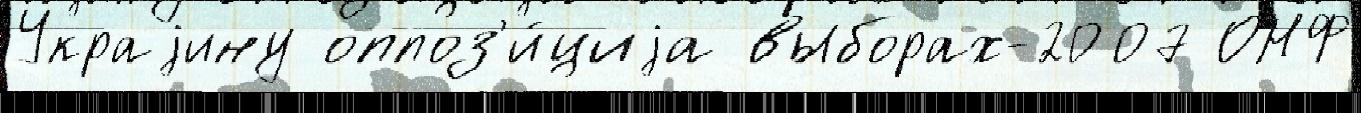
Украjину оппоз'и́циjа выборах-2007 ОНФ